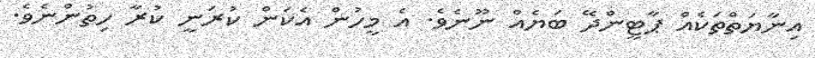
އިނާޔަތްތަކެއް ޕާޓީންދޭ ބަޔެއް ނޫނެވެ. އެ މީހުން އެކަން ކުރަނީ ކުރާ ހިތުންނެވެ.